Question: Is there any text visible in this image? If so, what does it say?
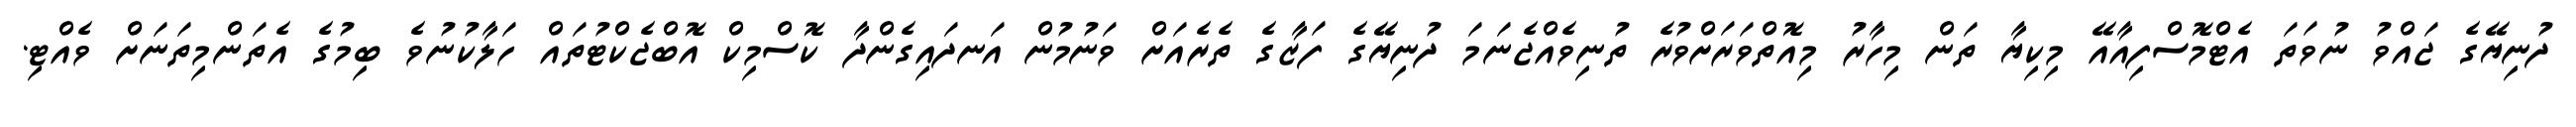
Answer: ދުނިޔޭގެ ޖައްވު ނުވަތަ އެޓްމޮސްފިއާއޭ މިކިޔާ ތަން މިހާރު މިއޮތްވަރަށްވުރެ ތުނިވެއްޖެނަމަ ދުނިޔޭގެ ފަޒާގެ ތެރެއަށް ވަނުމުން އަނދައިގެންދާ ކޮސްމިކް އޮބްޖެކްޓުތައް ހަލާކުނުވެ ބިމުގެ އެތަންމިތަނަށް ވެއްޓި.